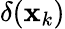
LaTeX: \delta(\mathbf{x}_{k})